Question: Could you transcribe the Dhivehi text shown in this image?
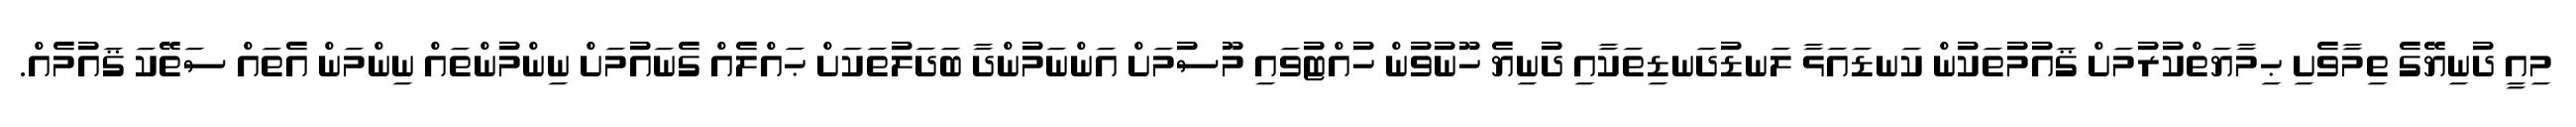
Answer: މިއީ ދުނިޔޭގެ ތިމާވެށި ޙިމާޔަތްކުރުމަށް ޤައުމުތަކުން ކަނޑައަޅާ ލަނޑުދަނޑިތަކާއި ދުނިޔެ ހޫނުވުން ހުއްޓުވައި މޫސުމަށް އަންނަމުންދާ ބަދަލުތަކަށް ޙައްލެއް ގެނައުމަށް ނިންމުންތައް ނިންމަން އެތައް ސަތޭކަ ޤައުމެއް.